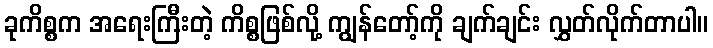
ခုကိစ္စက အရေးကြီးတဲ့ ကိစ္စဖြစ်လို့ ကျွန်တော့်ကို ချက်ချင်း လွှတ်လိုက်တာပါ။